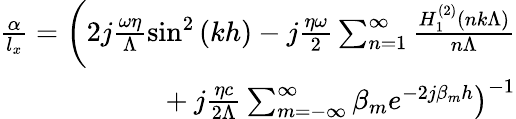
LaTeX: \begin{array}{r}{\frac{\alpha}{l_{x}}=\left(2j\frac{\omega\eta}{\Lambda}\sin^{2}\left(kh\right)-j\frac{\eta\omega}{2}\sum_{n=1}^{\infty}\frac{H_{1}^{\left(2\right)}\left(nk\Lambda\right)}{n\Lambda}\right.}\\ {\quad\left.{}+j\frac{\eta c}{2\Lambda}\sum_{m=-\infty}^{\infty}\beta_{m}e^{-2j\beta_{m}h}\right)^{-1}}\end{array}